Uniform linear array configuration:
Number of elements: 4
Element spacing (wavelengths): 0.25
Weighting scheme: uniform
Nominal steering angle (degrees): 15
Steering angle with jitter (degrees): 16.894
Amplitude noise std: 0.05
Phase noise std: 0.05

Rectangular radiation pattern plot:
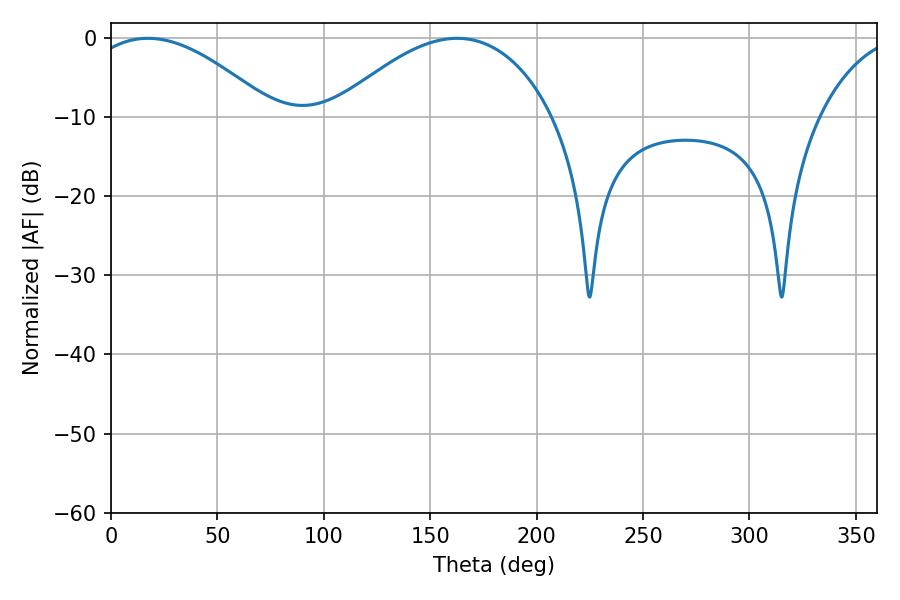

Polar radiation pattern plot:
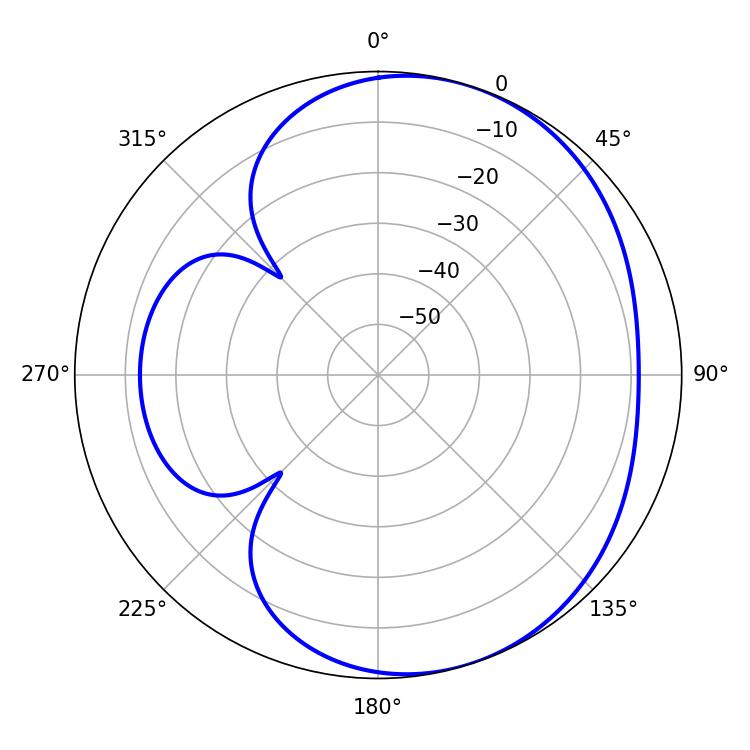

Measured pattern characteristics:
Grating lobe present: FALSE
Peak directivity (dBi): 4.326
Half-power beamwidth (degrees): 48.6
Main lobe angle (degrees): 17.28